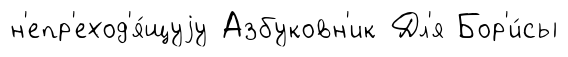
н'епр'еход'я́щуjу Азбуковн'ик Дл'я Бор'и́сы